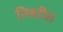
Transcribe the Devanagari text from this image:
तिबरीत